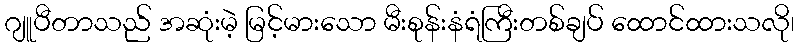
ဂျူပီတာသည် အဆုံးမဲ့ မြင့်မားသော မီးစုန်းနံရံကြီးတစ်ချပ် ထောင်ထားသလို၊